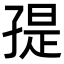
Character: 𭓒